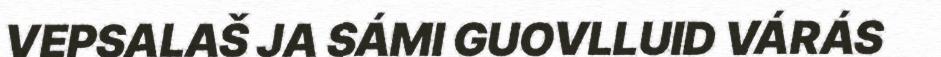
VEPSALAŠ JA SÁMI GUOVLLUID VÁRÁS